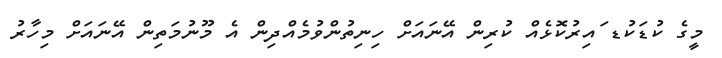
މީގެ ކުޑަކުޑ ައިރުކޮޅެއް ކުރިން އޭނައަށް ހިނިތުންވުމެއްދިން އެ މޫނުމަތިން އޭނައަށް މިހާރު